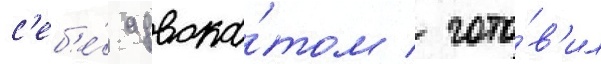
с'еб'е́ адвока́том / гото́в'ил